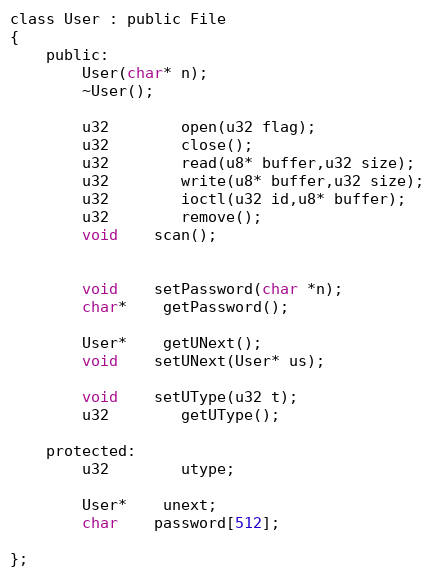
Language: C
class User : public File
{
	public:
		User(char* n);
		~User();

		u32		open(u32 flag);
		u32		close();
		u32		read(u8* buffer,u32 size);
		u32		write(u8* buffer,u32 size);
		u32		ioctl(u32 id,u8* buffer);
		u32		remove();
		void	scan();

		void	setPassword(char *n);
		char*	getPassword();

		User*	getUNext();
		void	setUNext(User* us);

		void	setUType(u32 t);
		u32		getUType();

	protected:
		u32		utype;

		User*	unext;
		char	password[512];

};